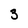
Character: 3